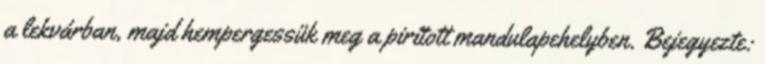
a lekvárban, majd hempergessük meg a pirított mandulapehelyben. Bejegyezte: